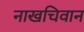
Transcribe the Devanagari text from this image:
नाखचिवान